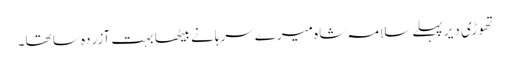
تھوڑی دیر پہلے سلامہ شاہ میرے سرہانے بیٹھا بہت آزردہ سا تھا۔